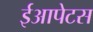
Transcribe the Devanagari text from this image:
ईआपेटस